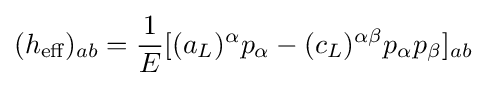
(h_{\text{eff}})_{ab}={\frac {1}{E}}[(a_{L})^{\alpha }p_{\alpha }-(c_{L})^{\alpha \beta }p_{\alpha }p_{\beta }]_{ab}